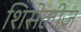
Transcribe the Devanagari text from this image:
शिसेलीज़